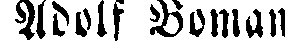
Adolf Boman